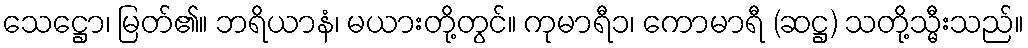
သေဋ္ဌော၊ မြတ်၏။ ဘရိယာနံ၊ မယားတို့တွင်။ ကုမာရီ၁၊ ကောမာရီ (ဆဋ္ဌ) သတို့သ္မီးသည်။